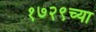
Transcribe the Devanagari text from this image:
१७२९च्या